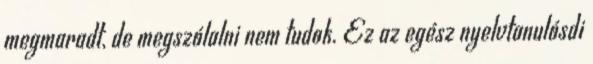
megmaradt, de megszólalni nem tudok. Ez az egész nyelvtanulósdi